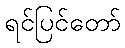
ရင်ပြင်တော်